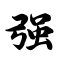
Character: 强